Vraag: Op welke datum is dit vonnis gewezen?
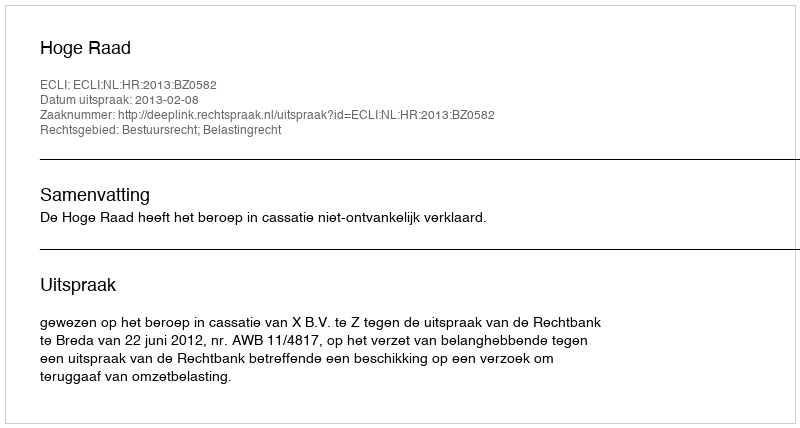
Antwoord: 2013-02-08